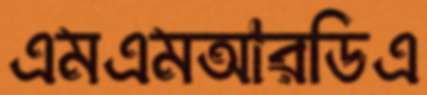
এমএমআরডিএ